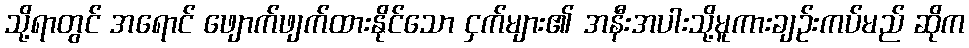
သို့ရာတွင် အရောင် ဖျောက်ဖျက်ထားနိုင်သော ငှက်များ၏ အနီးအပါးသို့မူကားချဉ်းကပ်မည် ဆိုက